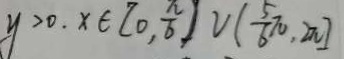
y > 0 . x \in [ 0 , \frac { \pi } { 6 } ) \cup ( \frac { 5 } { 6 } \pi , 2 \pi ]